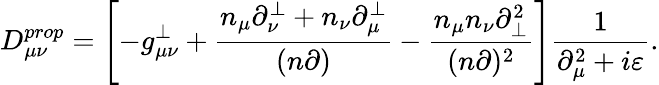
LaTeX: D_{\mu\nu}^{prop}=\left[-g_{\mu\nu}^{\perp}+\frac{n_{\mu}\partial_{\nu}^{\perp}+n_{\nu}\partial_{\mu}^{\perp}}{(n\partial)}-\frac{n_{\mu}n_{\nu}\partial_{\perp}^{2}}{(n\partial)^{2}}\right]\frac{1}{\partial_{\mu}^{2}+i\varepsilon}.